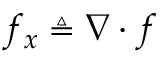
f _ { x } \triangleq \nabla \cdot f